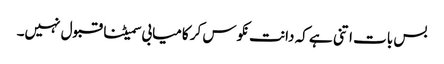
بس بات اتنی ہے کہ دانت نکوس کر کامیابی سمیٹنا قبول نہیں۔